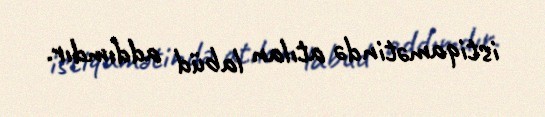
istiqamətində atılan labüd addımdır.